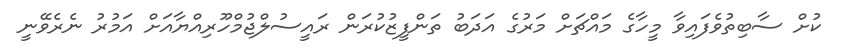
ކުށް ސާބިތުވެފައިވާ މީހާގެ މައްޗަށް މަރުގެ އަދަބު ތަންފީޒުކުރަން ރައީސުލްޖުމްހޫރިއްޔާއަށް އަމުރު ނެރެވޭނީ